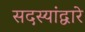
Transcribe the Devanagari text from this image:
सदस्यांद्वारे